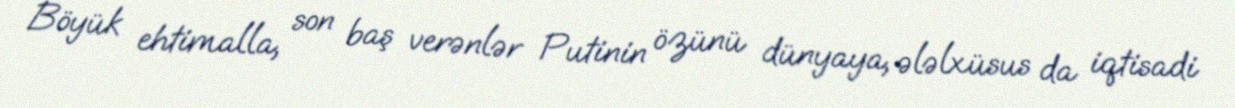
Böyük ehtimalla, son baş verənlər Putinin özünü dünyaya, ələlxüsus da iqtisadi